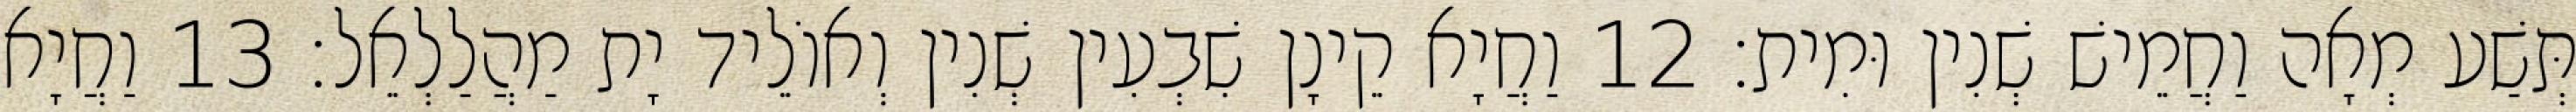
תְּשַׁע מְאָה וַחֲמֵישׁ שְׁנִין וּמִית׃ 12 וַחֲיָא קֵינָן שִׁבְעִין שְׁנִין וְאוֹלֵיד יָת מַהֲלַלְאֵל׃ 13 וַחֲיָא